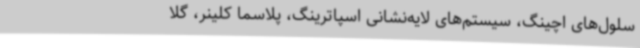
سلول‌های اچینگ، سیستم‌های لایه‌نشانی اسپاترینگ، پلاسما کلینر، گلا